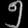
Digit: ၅